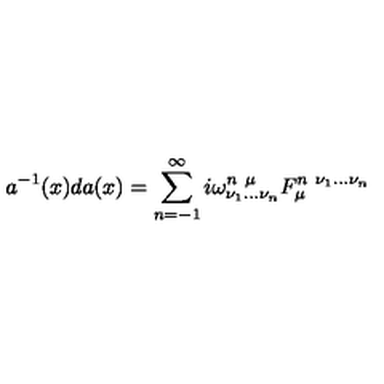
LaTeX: a ^ { - 1 } ( x ) d a ( x ) = \sum _ { n = - 1 } ^ { \infty } i \omega _ { \nu _ { 1 } \dots \nu _ { n } } ^ { n \ \mu } F _ { \mu } ^ { n \ \nu _ { 1 } \dots \nu _ { n } }